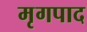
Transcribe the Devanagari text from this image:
मृगपाद